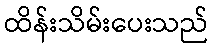
ထိန်းသိမ်းပေးသည်